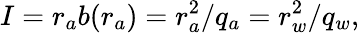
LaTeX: I=r_{a}b(r_{a})=r_{a}^{2}/q_{a}=r_{w}^{2}/q_{w},